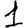
Digit: 1